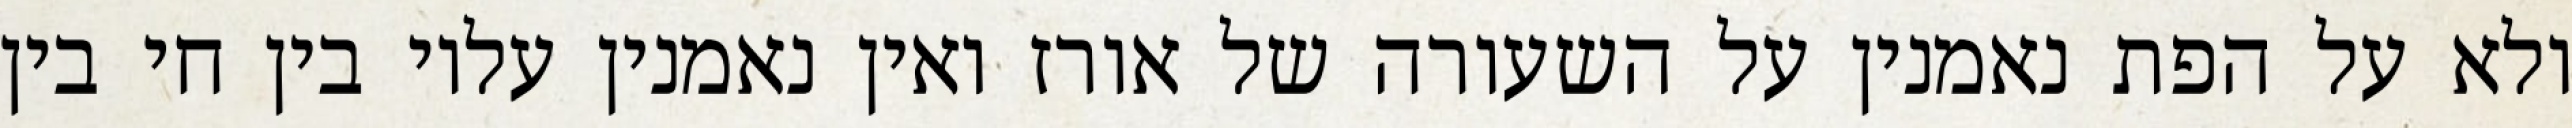
ולא על הפת נאמנין על השעורה של אורז ואין נאמנין עליו בין חי בין